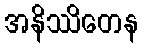
အနိဿိတေန